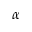
\alpha